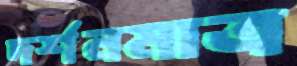
দর্শনমাত্র